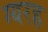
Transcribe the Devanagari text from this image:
ग्यरह